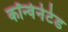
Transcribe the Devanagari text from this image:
कॉन्वेनेटेड